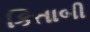
કિતાબી